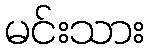
မင်းသား